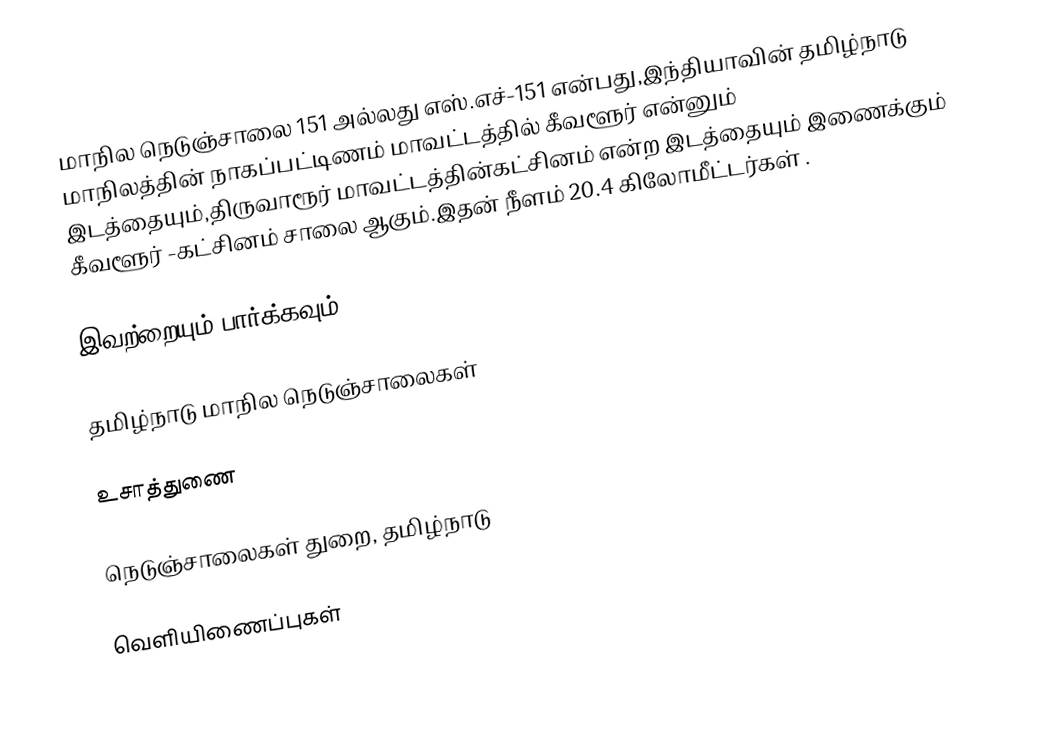
மாநில நெடுஞ்சாலை 151 அல்லது எஸ்.எச்-151  என்பது,இந்தியாவின் தமிழ்நாடு மாநிலத்தின்  நாகப்பட்டிணம் மாவட்டத்தில்  கீவளூர்  என்னும் இடத்தையும்,திருவாரூர் மாவட்டத்தின்கட்சினம்  என்ற இடத்தையும் இணைக்கும் கீவளூர் -கட்சினம் சாலை ஆகும்.இதன் நீளம் 20.4  கிலோமீட்டர்கள் .

இவற்றையும் பார்க்கவும்

 தமிழ்நாடு மாநில நெடுஞ்சாலைகள்

உசாத்துணை

 நெடுஞ்சாலைகள் துறை, தமிழ்நாடு

வெளியிணைப்புகள்